Mental hospitals Bombay report 1929-33 - 1929-1933
Year: 1929
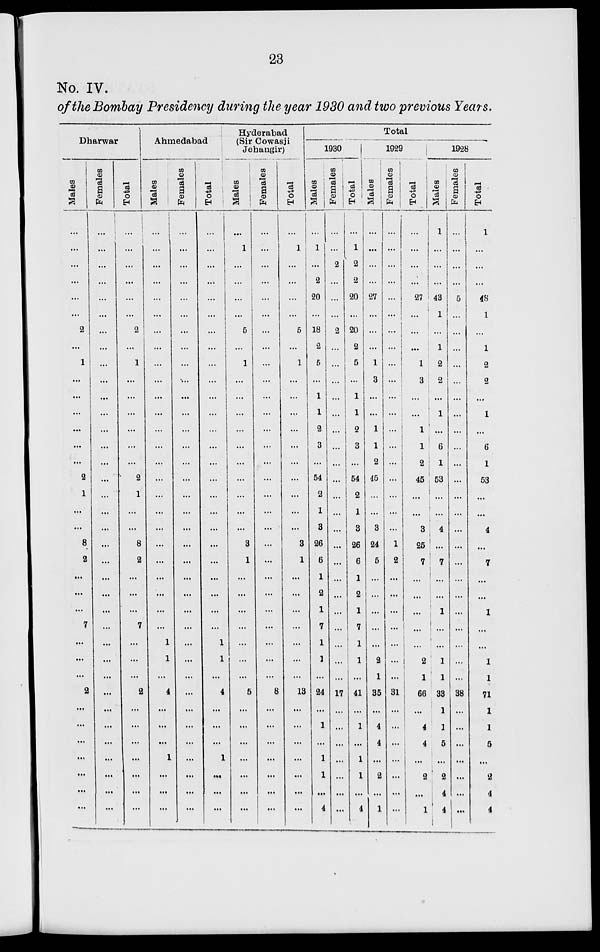
23
No. IV.
of the Bombay Presidency during the year 1930 and two previous Years.
Dharwar
Males
...
...
...
...
...
...
2
...
1
...
...
...
...
...
...
2
1
...
...
8
2
...
...
...
7
...
...
...
2
...
...
...
...
...
...
...
Females
...
...
...
...
...
...
...
...
...
...
...
...
...
...
...
...
...
...
...
...
...
...
...
...
...
...
...
...
...
...
...
...
...
...
...
...
Total
...
...
...
...
...
...
2
...
1
...
...
...
...
...
...
2
1
...
...
8
2
...
...
...
7
...
...
...
2
...
...
...
...
...
...
...
Ahmedabad
Males
...
...
...
...
...
...
...
...
...
...
...
...
...
...
...
...
...
...
...
...
...
...
...
...
1
1
...
4
...
...
...
1
...
...
...
Females
...
...
...
...
...
...
...
...
...
...
...
...
...
...
...
...
...
...
...
...
...
...
...
...
...
...
...
...
...
...
...
...
...
...
...
...
Total
...
...
...
...
...
...
...
...
...
...
...
...
...
...
...
...
...
...
...
...
...
...
...
...
...
1
1
...
4
...
...
...
1
...
...
...
Hyderabad
(Sir Cowasji
Jehangir)
Males
...
1
...
...
...
...
5
...
1
...
...
...
...
...
...
...
...
...
3
1
...
...
...
...
...
...
...
5
...
...
...
...
...
...
...
Females
...
...
...
...
...
...
...
...
...
...
...
...
...
...
...
...
...
...
...
...
...
...
...
...
...
...
...
...
8
...
...
...
...
...
...
...
Total
...
1
...
...
...
...
5
...
1
...
...
...
...
...
...
...
...
...
...
3
1
...
...
...
...
...
...
...
13
...
...
...
...
...
...
...
Total
1930
Males
...
1
...
2
20
...
18
2
5
...
1
1
2
3
...
54
2
1
3
26
6
1
2
1
7
1
1
...
24
...
1
...
1
1
...
4
Females
...
...
2
...
...
...
2
...
...
...
...
...
...
...
...
...
...
...
...
...
...
...
...
...
...
...
...
...
17
...
...
...
...
...
...
...
Total
...
1
2
2
20
...
20
2
5
...
1
1
2
3
...
54
2
1
3
26
6
1
2
1
7
1
1
...
41
...
1
...
1
1
...
4
1929
Males
...
...
...
...
27
...
...
...
1
3
...
...
1
1
2
45
...
...
3
24
5
...
...
...
...
...
2
1
35
...
4
4
...
2
...
1
Females
...
...
...
...
...
...
...
...
...
...
...
...
...
...
...
...
...
...
...
1
2
...
...
...
...
...
...
...
31
...
...
...
...
...
...
...
Total
...
...
...
...
27
...
...
...
1
3
...
...
1
1
2
45
...
...
3
25
7
...
...
...
...
...
2
1
66
...
4
4
...
2
...
1
1928
Males
1
...
...
...
43
1
...
1
2
2
...
1
...
6
1
53
...
...
4
...
7
...
...
1
...
...
1
1
33
1
1
5
...
2
4
4
Females
...
...
...
...
5
...
...
...
...
...
...
...
...
...
...
...
...
...
...
...
...
...
...
...
...
...
...
...
38
...
...
...
...
...
...
...
Total
1
...
...
...
48
1
...
1
2
2
...
1
...
6
1
53
...
...
4
...
7
...
...
1
...
...
1
1
71
1
1
5
...
2
4
4